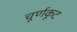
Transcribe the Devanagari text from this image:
चूर्णकूट